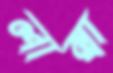
লাম্বা